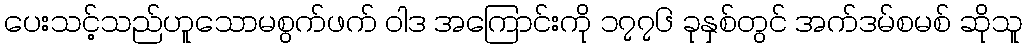
ပေးသင့်သည်ဟူသောမစွက်ဖက် ဝါဒ အကြောင်းကို ၁၇၇၆ ခုနှစ်တွင် အက်ဒမ်စမစ် ဆိုသူ